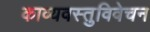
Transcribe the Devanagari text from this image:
काव्यवस्तुविवेचन